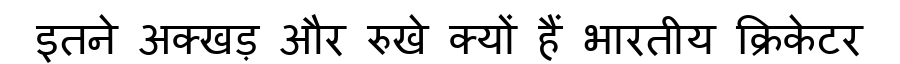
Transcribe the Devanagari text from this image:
इतने अक्खड़ और रुखे क्यों हैं भारतीय क्रिकेटर